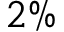
2 \%